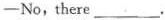
—No,there ___.